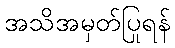
အသိအမှတ်ပြုရန်